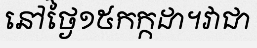
នៅថ្ងៃ១៥កក្កដា។វាជា